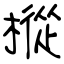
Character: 樅